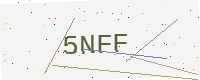
Text: 5NFF